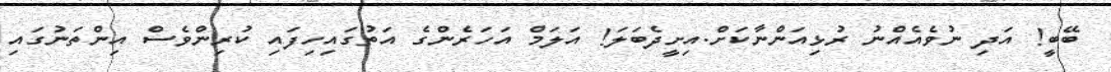
ބޭބީ! އަދި ނުވެއެއްނު ރުޅިއަންނާކަށް.އިށީދެބަލަ! އަލަމް އަހަރެންގެ އަތުގައިހިފައި ކުރިންވެސް އިންތަނުގައި